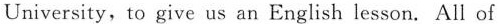
University,to give us an English lesson. All of